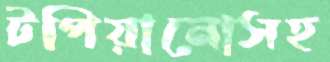
টপিয়ানোসহ